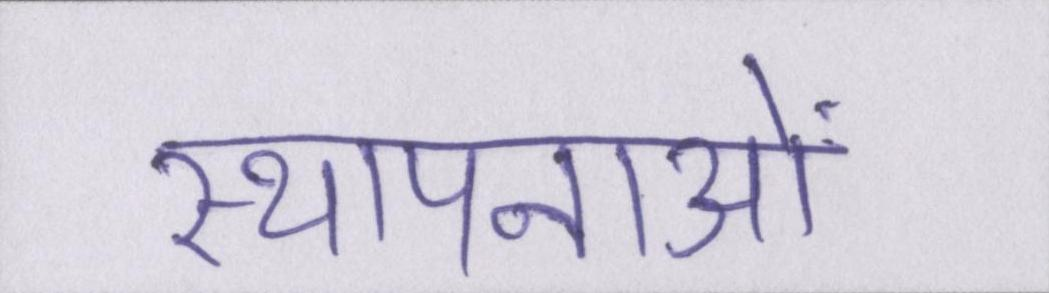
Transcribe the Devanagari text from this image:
स्थापनाओं